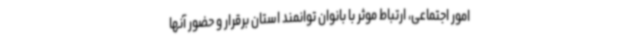
امور اجتماعی، ارتباط موثر با بانوان توانمند استان برقرار و حضور آنها